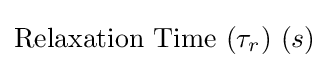
{\text{Relaxation Time}}\ (\tau _{r})\ (s)